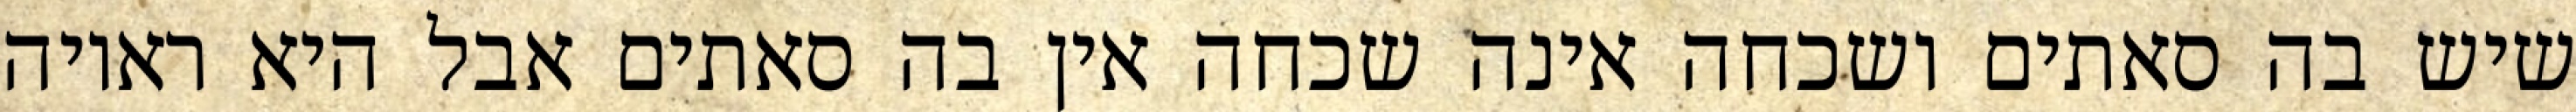
שיש בה סאתים ושכחה אינה שכחה אין בה סאתים אבל היא ראויה